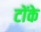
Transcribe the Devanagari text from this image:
टोंके